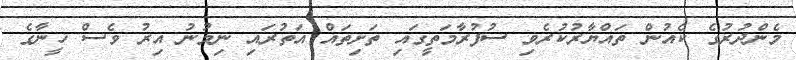
މެންދުރުގެ ކެއުން ތައްޔާރުކުރެވި ސުފުރާމަތީގައި ތަށިތައް އަތުރައި ނިމުނު އިރު ވެސް ޚީނާގެ